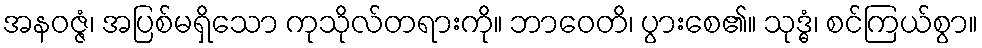
အနဝဇ္ဇံ၊ အပြစ်မရှိသော ကုသိုလ်တရားကို။ ဘာဝေတိ၊ ပွားစေ၏။ သုဒ္ဓံ၊ စင်ကြယ်စွာ။